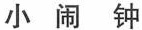
小闹钟